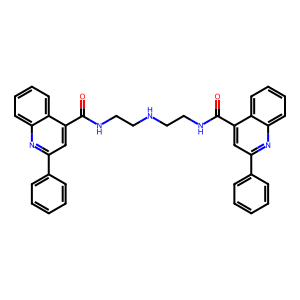
SMILES: O=C(NCCNCCNC(=O)c1cc(-c2ccccc2)nc2ccccc12)c1cc(-c2ccccc2)nc2ccccc12
Inhibits HIV replication: No